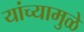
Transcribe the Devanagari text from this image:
यांच्‍यामुळे